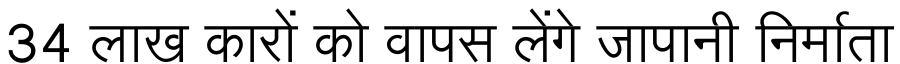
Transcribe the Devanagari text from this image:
34 लाख कारों को वापस लेंगे जापानी निर्माता